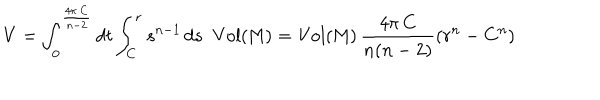
V = \int _ { 0 } ^ { \frac { 4 \pi \, C } { n - 2 } } d t \int _ { C } ^ { r } s ^ { n - 1 } \, d s \, \, \, \mathrm { V o l ( M ) } = \mathrm { V o l ( M ) } \, \frac { 4 \pi \, C } { n ( n - 2 ) } \left( r ^ { n } - C ^ { n } \right)